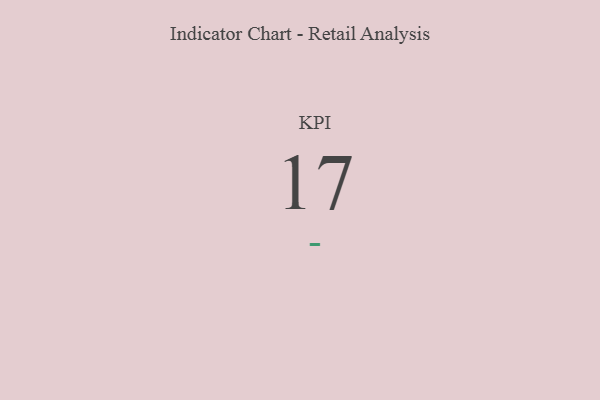
{"axis": {"x": "KPI", "y": "Value"}, "legend": [""], "data": [{"x": "KPI", "y": 17, "type": ""}]}